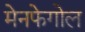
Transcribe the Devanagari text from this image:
मेनफेगोल